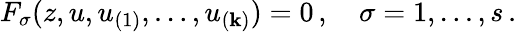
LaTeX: F_{\sigma}(z,u,u_{(1)},\ldots,u_{(\mathbf{k})})=0\, ,\quad\sigma=1,\ldots{},s\, .